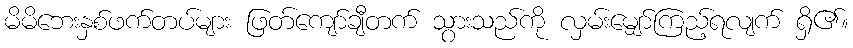
မိမိဘေးနှစ်ဖက်တပ်များ ဖြတ်ကျော်ချီတက် သွားသည်ကို လှမ်းမျှော်ကြည့်ရလျက် ရှိ၏။